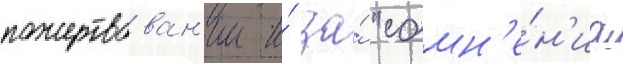
пожертвован'ии и́ за́ "сомн'е́н'иа